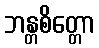
ဘန္တစိတ္တော